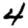
Digit: 4